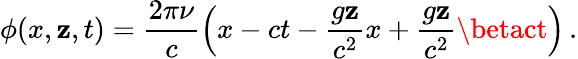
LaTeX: \phi(x,\mathbf{z},t)=\frac{{2\pi\nu}}{{c}}\left(x-ct-\frac{{g\mathbf{z}}}{{c^{2}}}x+\frac{{g\mathbf{z}}}{{c^{2}}}\betact\right)\, .